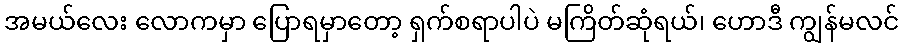
အမယ်လေး လောကမှာ ပြောရမှာတော့ ရှက်စရာပါပဲ မကြိတ်ဆုံရယ်၊ ဟောဒီ ကျွန်မလင်